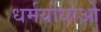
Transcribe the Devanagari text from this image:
धर्मयोधाओ